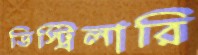
ডিস্ট্রিলারি